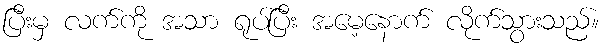
ပြီးမှ လက်ကို အသာ ရုပ်ပြီး အမေ့နောက် လိုက်သွားသည်။